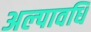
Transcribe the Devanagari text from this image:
अल्‍पावधि